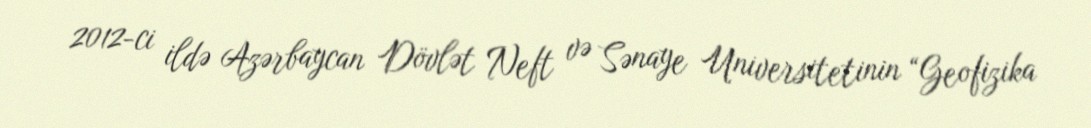
2012-ci ildə Azərbaycan Dövlət Neft və Sənaye Universitetinin “Geofizika